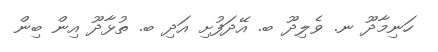
ހަނިމާދޫ ނ. ވެލިދޫ ބ. އޭދަފުށި އަދި ބ. ތުޅާދޫ އިން ބިން